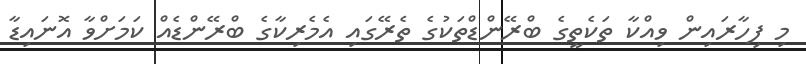
މި ފިހާރައިން ވިއްކާ ތަކެތީގެ ބްރޭންޑްތަކުގެ ތެރޭގައި އެމެރިކާގެ ބްރޭންޑެއް ކަމަށްވާ އޮނައިޑާ